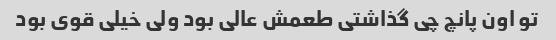
تو اون پانچ چی گذاشتی طعمش عالی بود ولی خیلی قوی بود